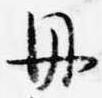
丹